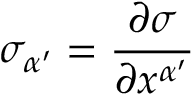
\sigma _ { \alpha ^ { \prime } } = \frac { \partial \sigma } { \partial x ^ { \alpha ^ { \prime } } }